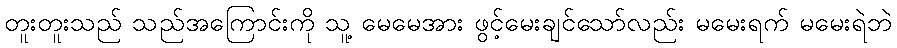
တူးတူးသည် သည်အကြောင်းကို သူ့ မေမေအား ဖွင့်မေးချင်သော်လည်း မမေးရက် မမေးရဲဘဲ